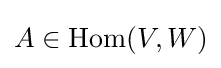
A\in \operatorname {Hom} (V,W)